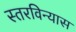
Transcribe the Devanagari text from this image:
स्तरविन्यास